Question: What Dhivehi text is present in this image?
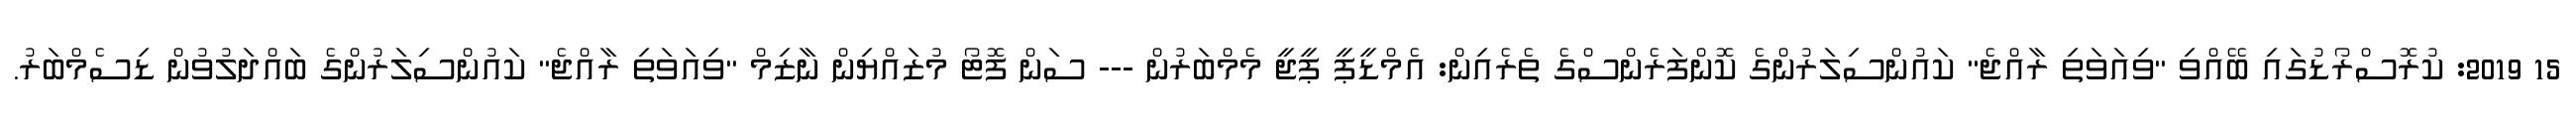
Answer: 15 2019: ކުރޮސްރޯޑުގައި ބޭއްވި "ވިއަވަތި ރާއްޖެ" ކައުންސިލަރުންގެ ކޮންފަރެންސްގެ ތެރެއިން: އެމްޑީޕީ ޕީޖީ މެމްބަރުން --- ސަން ފޮޓޯ މުޒައްޔިން ނާޒިމް "ވިއަވަތި ރާއްޖެ" ކައުންސިލަރުންގެ ބައްދަލުވުން ޑިސެމްބަރު.